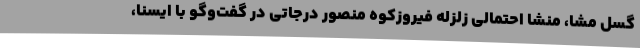
گسل مشا، منشا احتمالی زلزله فیروزکوه منصور درجاتی در گفت‌وگو با ایسنا،